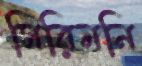
সিরিমনি